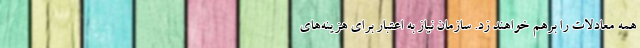
همه معادلات را برهم خواهند زد. سازمان نیاز به اعتبار برای هزینه‌های